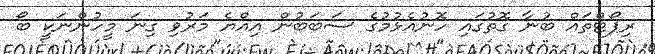
ރިޕޯޓްތައް ބުނާ ގޮތުގައި ހޮނުއެޅުމުގެ ސަބަބުން އިއްޔެ މަރުވި ގިނަ މީހުންނަކީ ބޯ